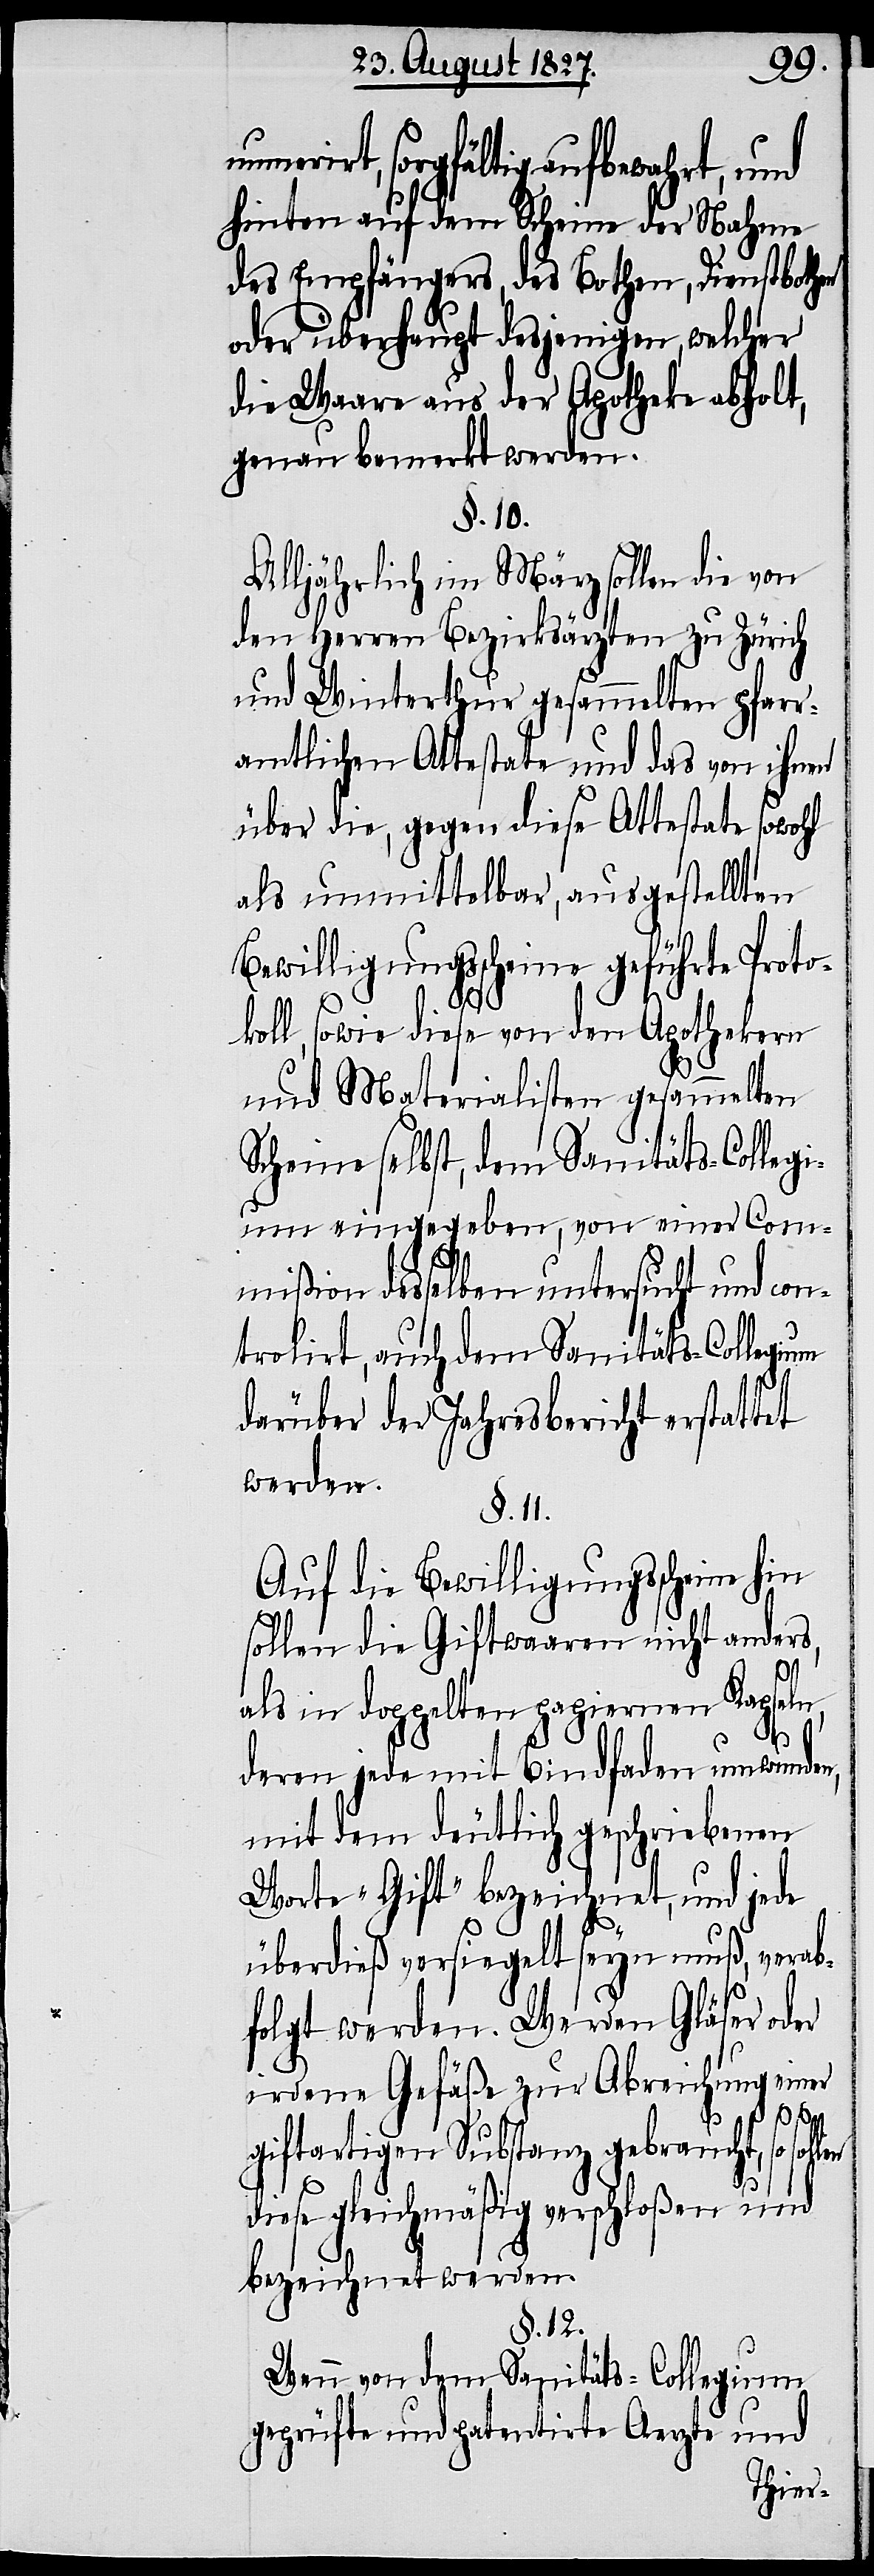
irt, sorgfältig aufbewahrt, und
hinten auf dem Scheine der Nahme
des Empfängers, des Bothen, Dienstbothen
oder überhaupt desjenigen, welcher
die Waare aus der Apotheke abholt,
genau bemerkt werden.
§. 10.
Alljährlich im März sollen die von
den Herren Bezirksärzten zu Zürich
und Winterthur gesammelten pfarr¬
amtlichen Attestate und das von ihnen
über die, gegen diese Attestate sowohl
als unmittelbar, ausgestellten
Bewilligungsscheine geführte Proto¬
koll, sowie diese von den Apothekern
und Materialisten gesammelten
Scheine selbst, dem Sanitäts-Colleg¬
ium eingegeben, von einer Com¬
mißion desselben untersucht und con¬
trolirt, auch dem Sanitäts-Collegium
darüber der Jahresbericht erstattet
werden.
§. 11.
Auf die Bewilligungsscheine hin
sollen die Giftwaaren nicht anders,
als in doppelten papiernen Kapseln,
deren jede mit Bindfaden umwunden,
mit dem deutlich geschriebenen
Worte „Gift“ bezeichnet, und jede
überdieß versiegelt seyn muß, verab¬
folgt werden. Werden Gläser oder
irdene Gefäße zur Abreichung einer
so sol¬
len
giftartigen Substanz gebraucht,
diese gleichmäßig verschloßen und
bezeichnet werden.
§. 12.
Wenn von dem Sanitäts-Collegium
geprüfte und patentirte Aerzte und